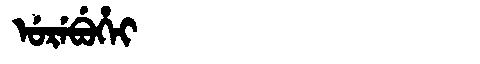
Manchu: ᡠᡵᡝᠪᡠᡥᡝᡳ
Romanization: UREBUHEI